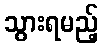
သွားရမည့်